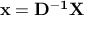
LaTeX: \mathbf { x } = \mathbf { D ^ { - 1 } } \mathbf { X }